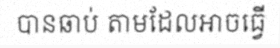
បានឆាប់ តាមដែលអាចធ្វើ